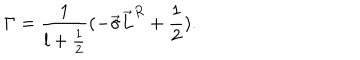
{ \Gamma } = \frac { 1 } { l + \frac { 1 } { 2 } } ( - \vec { \sigma } \vec { L } ^ { R } + \frac { 1 } { 2 } ) .